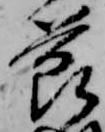
節